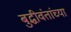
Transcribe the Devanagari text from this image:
बुद्धीवंतांच्या